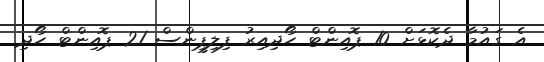
އެ ގައުމާ ދެކޮޅަށް 10 ޕޮއިންޓް ހޯދިއިރު ފިލިޕީންސް 21 ޕޮއިންޓް ހޯދި